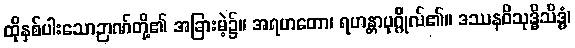
ထိုနှစ်ပါးသောဉာဏ်တို့၏ အခြားမဲ့၌။ အရဟတော၊ ရဟန္တာပုဂ္ဂိုလ်၏။ ဒဿနဝိသုဒ္ဓိသိဒ္ဓံ၊